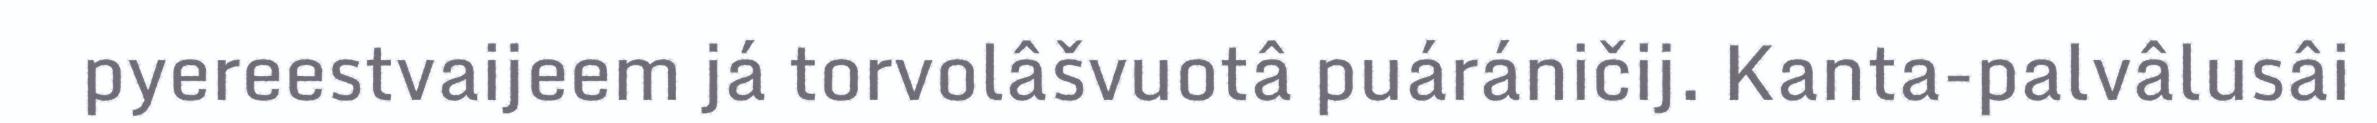
pyereestvaijeem já torvolâšvuotâ puáráničij. Kanta-palvâlusâi